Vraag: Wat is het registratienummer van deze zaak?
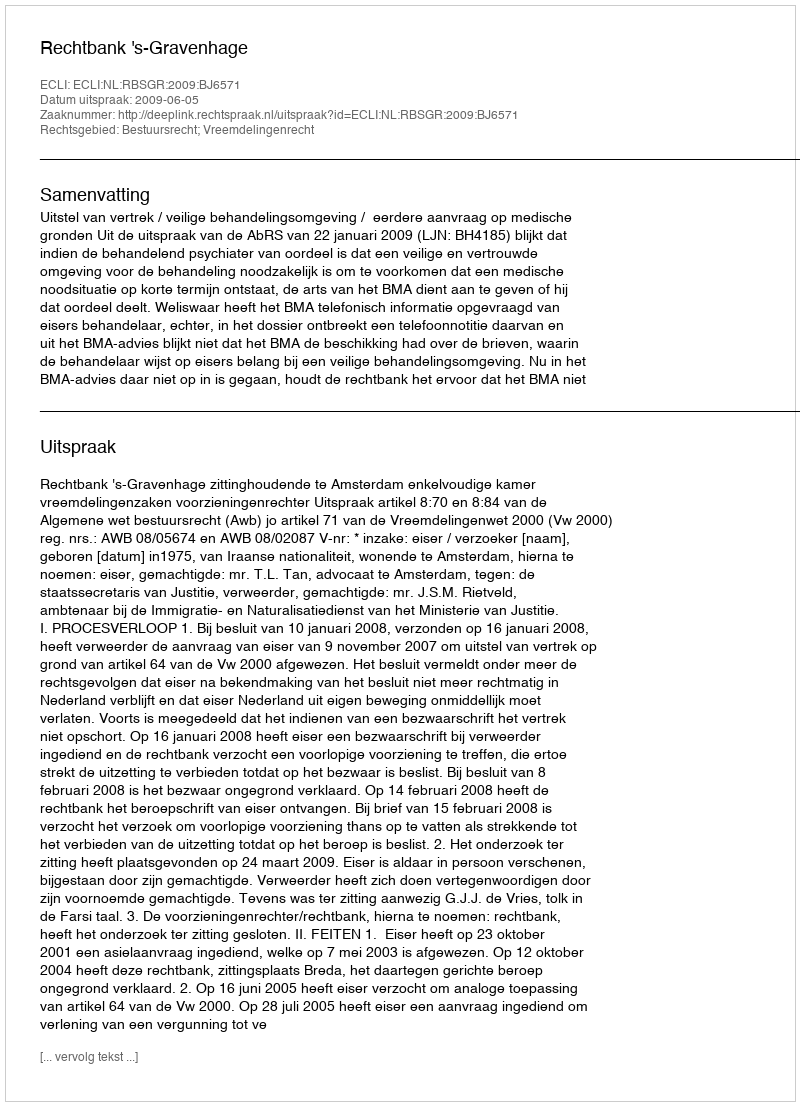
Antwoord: http://deeplink.rechtspraak.nl/uitspraak?id=ECLI:NL:RBSGR:2009:BJ6571